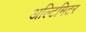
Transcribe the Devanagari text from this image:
अल्टिमिटर